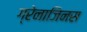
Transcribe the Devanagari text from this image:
ग्रेनाजिनस